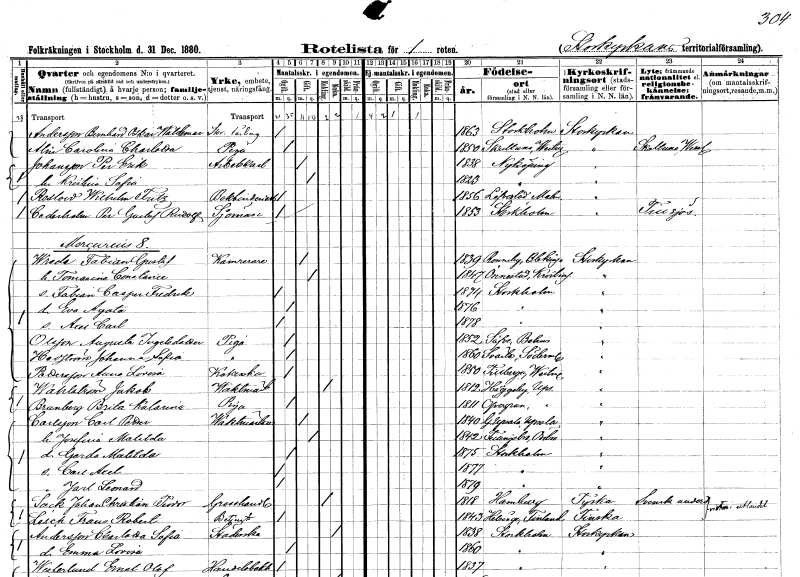
gt_parse: households: individuals: FN: Bernhard Oskar Waldemar
EN: Andersson
YRKE: Skräddarelärling
KON: M
CIV: O
FODAR: 1863
FODFORS: Stockholm
FN: Carolina Charlotta
EN: Alm
YRKE: Piga
KON: K
CIV: O
FODAR: 1850
FODFORS: Skultuna Västmanlands län
FN: Per Erik
EN: Johansson
YRKE: Arbetskarl
KON: M
CIV: G
FODAR: 1838
FODFORS: Nyköping Södermanlands län
FN: Kristina Sofia
KON: K
CIV: G
FODAR: 1823
FODFORS: Nyköping Södermanlands län
FN: Wilhelm Fritz
EN: Roslow
YRKE: Bokbinderiarbetare
KON: M
CIV: O
FODAR: 1856
FODFORS: Lövestad Malmöhus län
FN: Per Gustaf Rudolf
EN: Cederholm
YRKE: Sjöman
KON: M
CIV: O
FODAR: 1853
FODFORS: Stockholm
FN: Fabian Gustaf
EN: Wrede
YRKE: Kamrerare
KON: M
CIV: G
FODAR: 1839
FODFORS: Ronneby Blekinge län
FN: Tomasine Constance
KON: K
CIV: G
FODAR: 1847
FODFORS: Önnestad Kristianstads län
FN: Fabian Casper Fredrik
KON: M
CIV: O
FODAR: 1874
FODFORS: Stockholm
FN: Eva Agata
KON: K
CIV: O
FODAR: 1876
FODFORS: Stockholm
FN: Axel Carl
KON: M
CIV: O
FODAR: 1878
FODFORS: Stockholm
FN: Augusta
EN: Olsson Ingelsdotter
YRKE: Piga
KON: K
CIV: O
FODAR: 1852
FODFORS: Säve Göteborgs- och Bohuslän
FN: Johanna Sofia
EN: Hedström
YRKE: Piga
KON: K
CIV: O
FODAR: 1860
FODFORS: Svärta Södermanlands län
FN: Anna Lovisa
EN: Pettersson
YRKE: Kokerska
KON: K
CIV: O
FODAR: 1850
FODFORS: Tillberga Västmanlands län
FN: Jakob
EN: Wahlström
YRKE: Vaktmästare
KON: M
CIV: E
FODAR: 1812
FODFORS: Häggeby Uppsala län
FN: Brita Katarina
EN: Brunberg
YRKE: Piga
KON: K
CIV: O
FODAR: 1811
FODFORS: Övergran Uppsala län
FN: Carl Petter
EN: Carlsson
YRKE: Vaktmästare
KON: M
CIV: G
FODAR: 1840
FODFORS: Gamla Uppsala Uppsala län
FN: Josefina Matilda
KON: K
CIV: G
FODAR: 1842
FODFORS: Fellingsbro Örebro län
FN: Gerda Matilda
KON: K
CIV: O
FODAR: 1875
FODFORS: Stockholm
FN: Carl Axel
KON: M
CIV: O
FODAR: 1877
FODFORS: Stockholm
FN: Jarl Leonard
KON: M
CIV: O
FODAR: 1879
FODFORS: Stockholm
FN: Johan Christian Teodor
EN: Sack
YRKE: Grosshandlare
KON: M
CIV: E
FODAR: 1818
FN: Frans Robert
EN: Lésch
YRKE: Betjänt
KON: M
CIV: O
FODAR: 1842